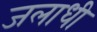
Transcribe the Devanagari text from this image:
जलाधी